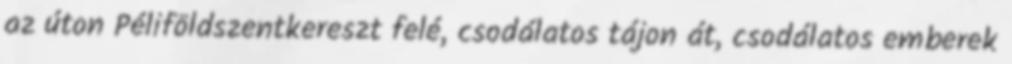
az úton Péliföldszentkereszt felé, csodálatos tájon át, csodálatos emberek